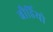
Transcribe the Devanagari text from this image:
बौर्डियो